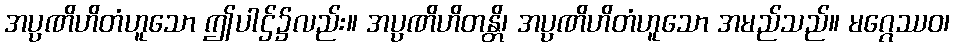
အပ္ပဏိဟိတံဟူသော ဤပါဌ်၌လည်း။ အပ္ပဏိဟိတန္တိ၊ အပ္ပဏိဟိတံဟူသော အမည်သည်။ မဂ္ဂေဿဝ၊